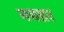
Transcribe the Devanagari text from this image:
नयन्नर